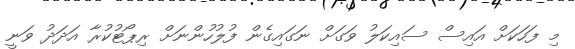
މި ފަހަކަށް އައިސް ސައިކަލު ވަގަށް ނަގައިގެން ފުލުހުންނަށް ރިޕޯޓުކުރާ އަދަދު ވަނީ